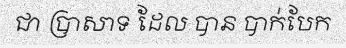
ជា ប្រាសាទ ដែល បាន បាក់បែក